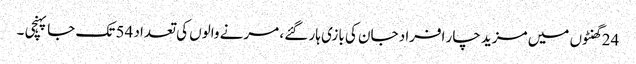
24 گھنٹوں میں مزید چار افراد جان کی بازی ہار گئے ، مرنے والوں کی تعداد 54 تک جا پہنچی ۔